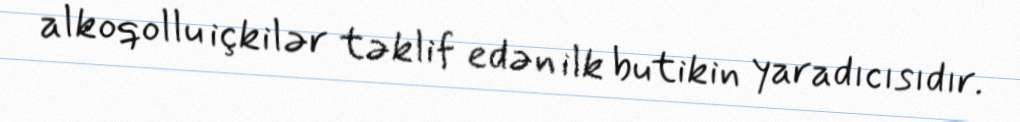
alkoqollu içkilər təklif edən ilk butikin yaradıcısıdır.